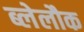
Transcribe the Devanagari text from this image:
ब्लेलौक